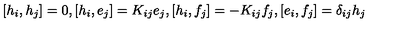
{ [ } h _ { i } , h _ { j } { ] } = 0 , { [ } h _ { i } , e _ { j } { ] } = K _ { i j } e _ { j } , { [ } h _ { i } , f _ { j } { ] } = - K _ { i j } f _ { j } , { [ } e _ { i } , f _ { j } { ] } = \delta _ { i j } h _ { j }